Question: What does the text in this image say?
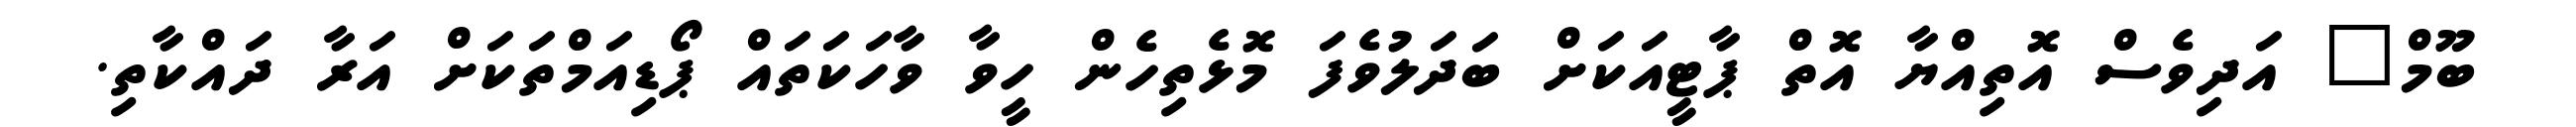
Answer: ބޫމް" އަދިވެސް އޮތިއްޔާ އޮތް ޕާޓީއަކަށް ބަދަލުވެފަ މޮޅެތިހެން ހީވާ ވާހަކަތައް ޕޯޑިއަމްތަކަށް އަރާ ދައްކާތި.